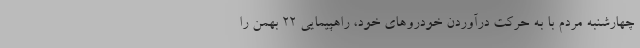
چهارشنبه مردم با به حرکت درآوردن خودروهای خود، راهپیمایی ۲۲ بهمن را